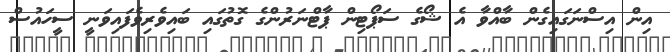
އިން އިސްނަގައިގެން ބާއްވާ އެ ޝޯގެ ސަޕޯޓިން ޕާޓްނަރުންގެ ގޮތުގައި ބައިވެރިވެފައިވަނީ ސީހައުސް